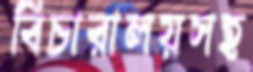
বিচারালয়সহ